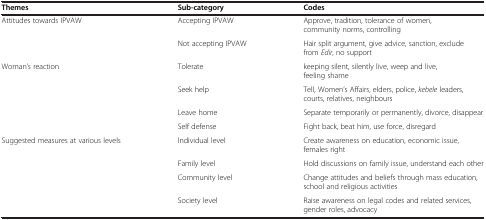
| Themes | Sub-category | Codes |
 | --- | --- | --- |
 | Attitudes towards IPVAW | Accepting IPVAW | Approve, tradition, tolerance of women, community norms, controlling |
 |  | Not accepting IPVAW | Hair split argument, give advice, sanction, exclude from Edir, no support |
 | Woman’s reaction | Tolerate | keeping silent, silently live, weep and live, feeling shame |
 |  | Seek help | Tell, Women’s Affairs, elders, police, kebele leaders, courts, relatives, neighbours |
 |  | Leave home | Separate temporarily or permanently, divorce, disappear |
 |  | Self defense | Fight back, beat him, use force, disregard |
 | Suggested measures at various levels | Individual level | Create awareness on education, economic issue, females right |
 |  | Family level | Hold discussions on family issue, understand each other |
 |  | Community level | Change attitudes and beliefs through mass education, school and religious activities |
 |  | Society level | Raise awareness on legal codes and related services, gender roles, advocacy |